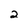
Character: 2